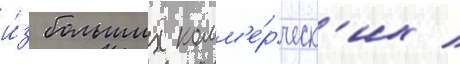
и́з больших комм'е́рческ'их /